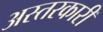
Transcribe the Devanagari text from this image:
अस्तरकारी